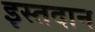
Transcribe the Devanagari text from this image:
इस्तदान